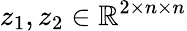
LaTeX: z_{1},z_{2}\in\mathbb{R}^{2\times n\times n}